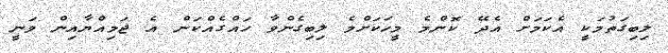
ލިބިގަތުމަކީ އެކަމަށް އެދޭ ކޮންމެ މީހަކަށްމެ ލިބިގެންވާ ހައްގެއްކަން އެ ޖަމިއްޔާއިން ވަނީ